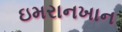
ઇમરાનખાન